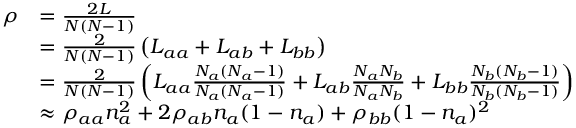
\begin{array} { r l } { \rho } & { = \frac { 2 L } { N ( N - 1 ) } } \\ & { = \frac { 2 } { N ( N - 1 ) } \left( L _ { a a } + L _ { a b } + L _ { b b } \right) } \\ & { = \frac { 2 } { N ( N - 1 ) } \left( L _ { a a } \frac { N _ { a } ( N _ { a } - 1 ) } { N _ { a } ( N _ { a } - 1 ) } + L _ { a b } \frac { N _ { a } N _ { b } } { N _ { a } N _ { b } } + L _ { b b } \frac { N _ { b } ( N _ { b } - 1 ) } { N _ { b } ( N _ { b } - 1 ) } \right) } \\ & { \approx \rho _ { a a } n _ { a } ^ { 2 } + 2 \rho _ { a b } n _ { a } ( 1 - n _ { a } ) + \rho _ { b b } ( 1 - n _ { a } ) ^ { 2 } } \end{array}